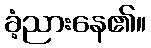
ခံ့ညားနေ၏။